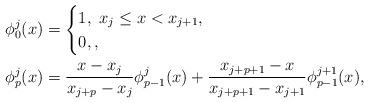
LaTeX: \begin{align*} \begin{aligned} \phi^j_0(x) & = \begin{cases} 1, \ x_j \le x < x_{j+1}, \\ 0, , \\ \end{cases} \\ \phi^j_p(x) & = \frac{x - x_j}{x_{j+p} - x_j} \phi^j_{p-1}(x) + \frac{x_{j+p+1} - x}{x_{j+p+1} - x_{j+1}} \phi^{j+1}_{p-1}(x), \end{aligned}\end{align*}